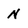
Character: N